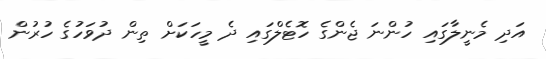
އަދި މެނީލާގައި ހުންނަ ޖެންގެ ހޮޓެލްގައި ދެ މީހަކަށް ތިން ދުވަހުގެ ހުރުން